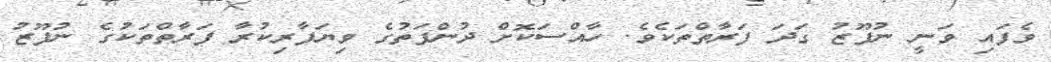
ވެފައި ވަނީ ނުފޫޒު ގަދަ ފަރާތްތަކެވެ. ހާއްސަކޮށް ދުންފަތުގެ ވިޔަފާރިކުރާ ފަރާތްތަކުގެ ނުފޫޒު